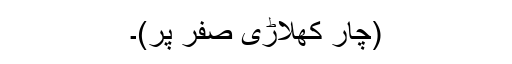
(چار کھلاڑی صفر پر)۔